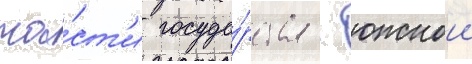
ча́ст'и госуда́рства - южнои